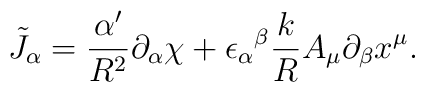
\tilde{J}_\alpha = \frac{\alpha^\prime}{R^2} \partial_\alpha \chi + {\epsilon_\alpha}^\beta\frac{k}{R} A_\mu \partial_\beta x^\mu .